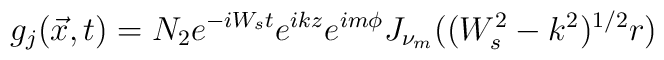
g_j(\vec{x},t)=N_2e^{-iW_st}e^{ikz}e^{im\phi}J_{\nu_m}((W_s^2-k^2)^{1/2}r)